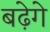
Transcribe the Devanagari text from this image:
बढ़ेगे